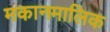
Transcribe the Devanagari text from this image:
मकानमालिक